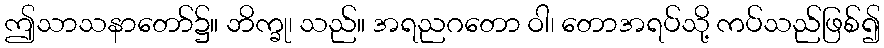
ဤသာသနာတော်၌။ ဘိက္ခု၊ သည်။ အရညဂတော ဝါ၊ တောအရပ်သို့ ကပ်သည်ဖြစ်၍